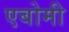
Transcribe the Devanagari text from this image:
एबोमी